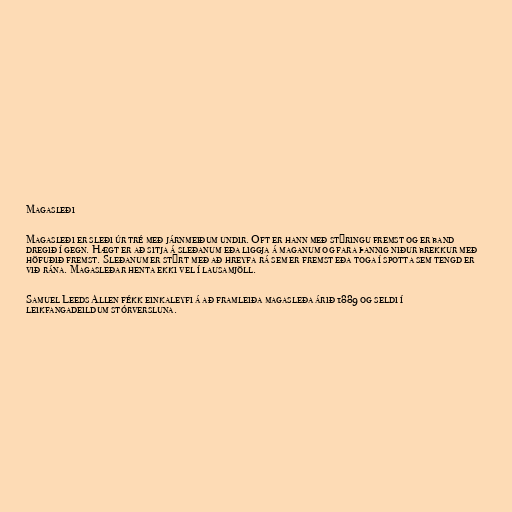
Magasleði

Magasleði er sleði úr tré með járnmeiðum undir. Oft er hann með stýringu fremst og er band
dregið í gegn. Hægt er að sitja á sleðanum eða liggja á maganum og fara þannig niður brekkur með
höfuðið fremst. Sleðanum er stýrt með að hreyfa rá sem er fremst eða toga í spotta sem tengd er
við rána. Magasleðar henta ekki vel í lausamjöll.

Samuel Leeds Allen fékk einkaleyfi á að framleiða magasleða árið 1889 og seldi í
leikfangadeildum stórversluna.